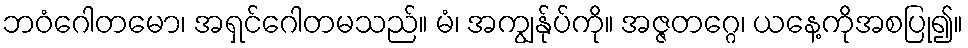
ဘဝံဂေါတမော၊ အရှင်ဂေါတမသည်။ မံ၊ အကျွန်ုပ်ကို။ အဇ္ဇတဂ္ဂေ၊ ယနေ့ကိုအစပြု၍။